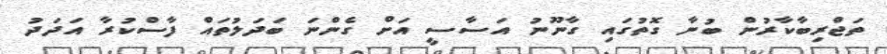
ތަޖްރިބާކާރުން ބުނާ ގޮތުގައި ގާނޫނު އަސާސީ އަށް ގެންނަ ބަދަލުތައް ފާސްކުރާ އަދަދު